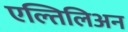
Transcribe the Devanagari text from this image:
एल्तिलिअन